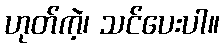
ဟုတ်ကဲ့၊ သင်ပေးပါ။